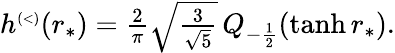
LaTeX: \begin{array}{r}{h^{\scriptscriptstyle(<)}(r_{*})=\frac{2}{\pi}\sqrt{\frac{3}{\sqrt{5}}}\, Q_{-\frac{1}{2}}(\operatorname{tanh}r_{*}).}\end{array}